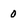
Character: 0